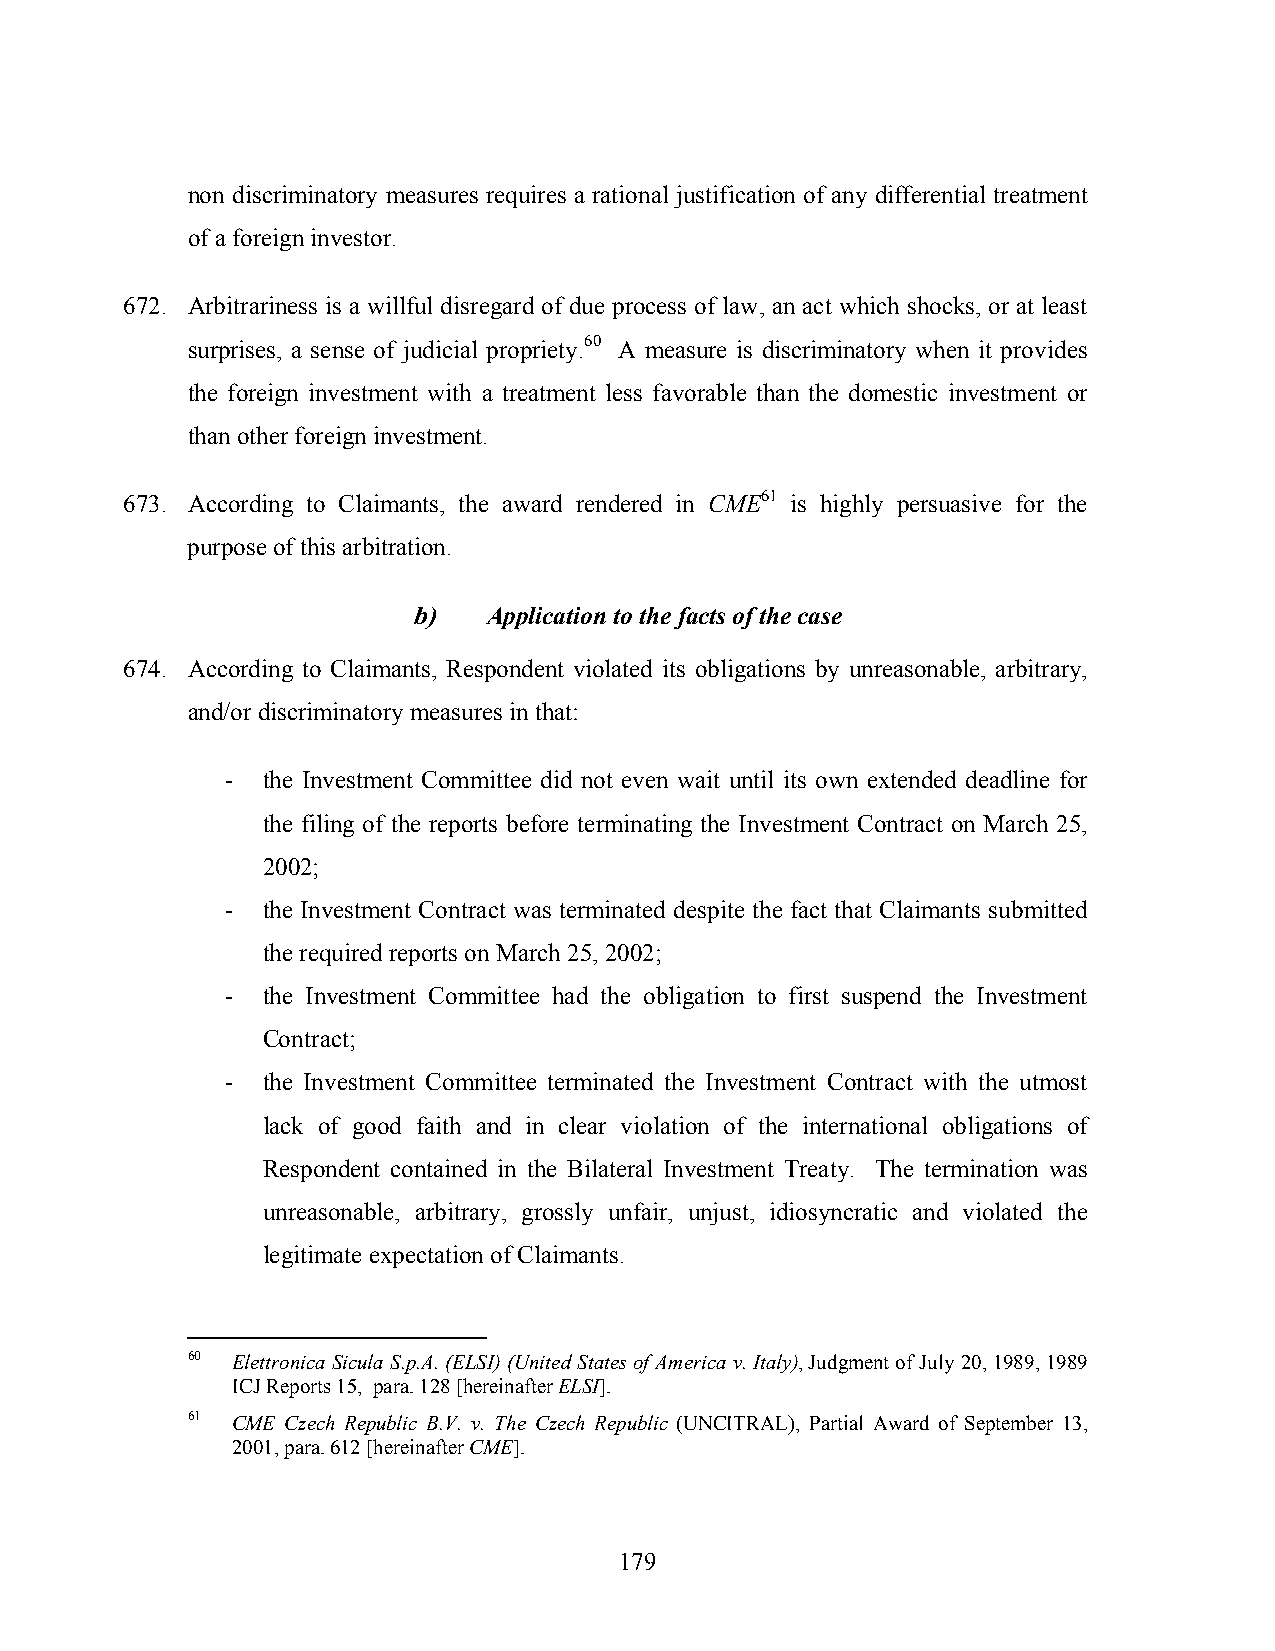
non discriminatory measures requires a rational justification of any differential treatment
 of a foreign investor.
 672. Arbitrariness is a willful disregard of due process of law, an act which shocks, or at least
 surprises, a sense of judicial propriety.60 A measure is discriminatory when it provides
 the foreign investment with a treatment less favorable than the domestic investment or
 than other foreign investment.
 673. According to Claimants, the award rendered in CME61 is highly persuasive for the
 purpose of this arbitration.
 b)   Application to the facts of the case
 674. According to Claimants, Respondent violated its obligations by unreasonable, arbitrary,
 and/or discriminatory measures in that:
 - the Investment Committee did not even wait until its own extended deadline for
 the filing of the reports before terminating the Investment Contract on March 25,
 2002;
 - the Investment Contract was terminated despite the fact that Claimants submitted
 the required reports on March 25, 2002;
 - the Investment Committee had the obligation to first suspend the Investment
 Contract;
 - the Investment Committee terminated the Investment Contract with the utmost
 lack of good faith and in clear violation of the international obligations of
 Respondent contained in the Bilateral Investment Treaty. The termination was
 unreasonable, arbitrary, grossly unfair, unjust, idiosyncratic and violated the
 legitimate expectation of Claimants.
 60 Elettronica Sicula S.p.A. (ELSI) (United States of America v. Italy), Judgment of July 20, 1989, 1989
 ICJ Reports 15, para. 128 [hereinafter ELSI].
 61 CME Czech Republic B.V. v. The Czech Republic (UNCITRAL), Partial Award of September 13,
 2001, para. 612 [hereinafter CME].
 179